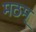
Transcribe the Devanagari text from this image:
मठम्